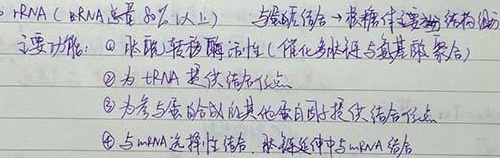
• rRNA（rRNA 总量 80%以上）与蛋白质结合形成核糖体主要结构物质。主要功能：
\textcircled{1} 肽酰转移酶活性（催化多肽链与氨基酸聚合）
\textcircled{2} 为 tRNA 提供结合位点
\textcircled{3} 为参与蛋白质合成的其他蛋白质提供结合位点
\textcircled{4} 与 mRNA 选择性结合，翻译延伸中与 mRNA 结合 。